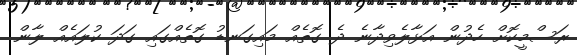
ރަސްމީކޮށް ހެދުން އަޅާލެވިދާނެ ދެ ގޮތެއް މައިގަނޑު ގޮތެއްގައި ގަދަ ކުލައެއް ލާން